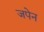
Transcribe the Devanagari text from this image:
जपेन